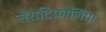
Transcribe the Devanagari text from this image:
सेराटिफ़ोलिया